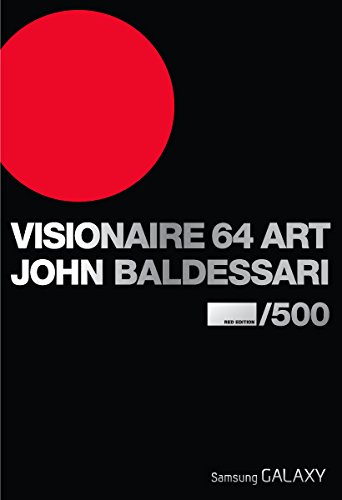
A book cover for Visionaire No. 64: Art, Baldessari Red Edition; Arts & Photography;